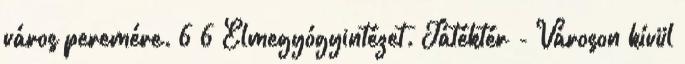
város peremére. 6 6 Elmegyógyintézet. Játéktér - Városon kívül